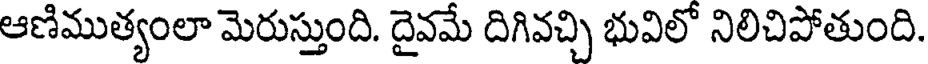
ఆణిముత్యంలా మెరుస్తుంది. దైవమే దిగివచ్చి భువిలో నిలిచిపోతుంది.